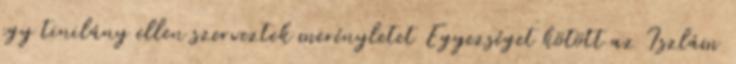
egy tinilány ellen szerveztek merényletet Egyezséget kötött az Iszlám